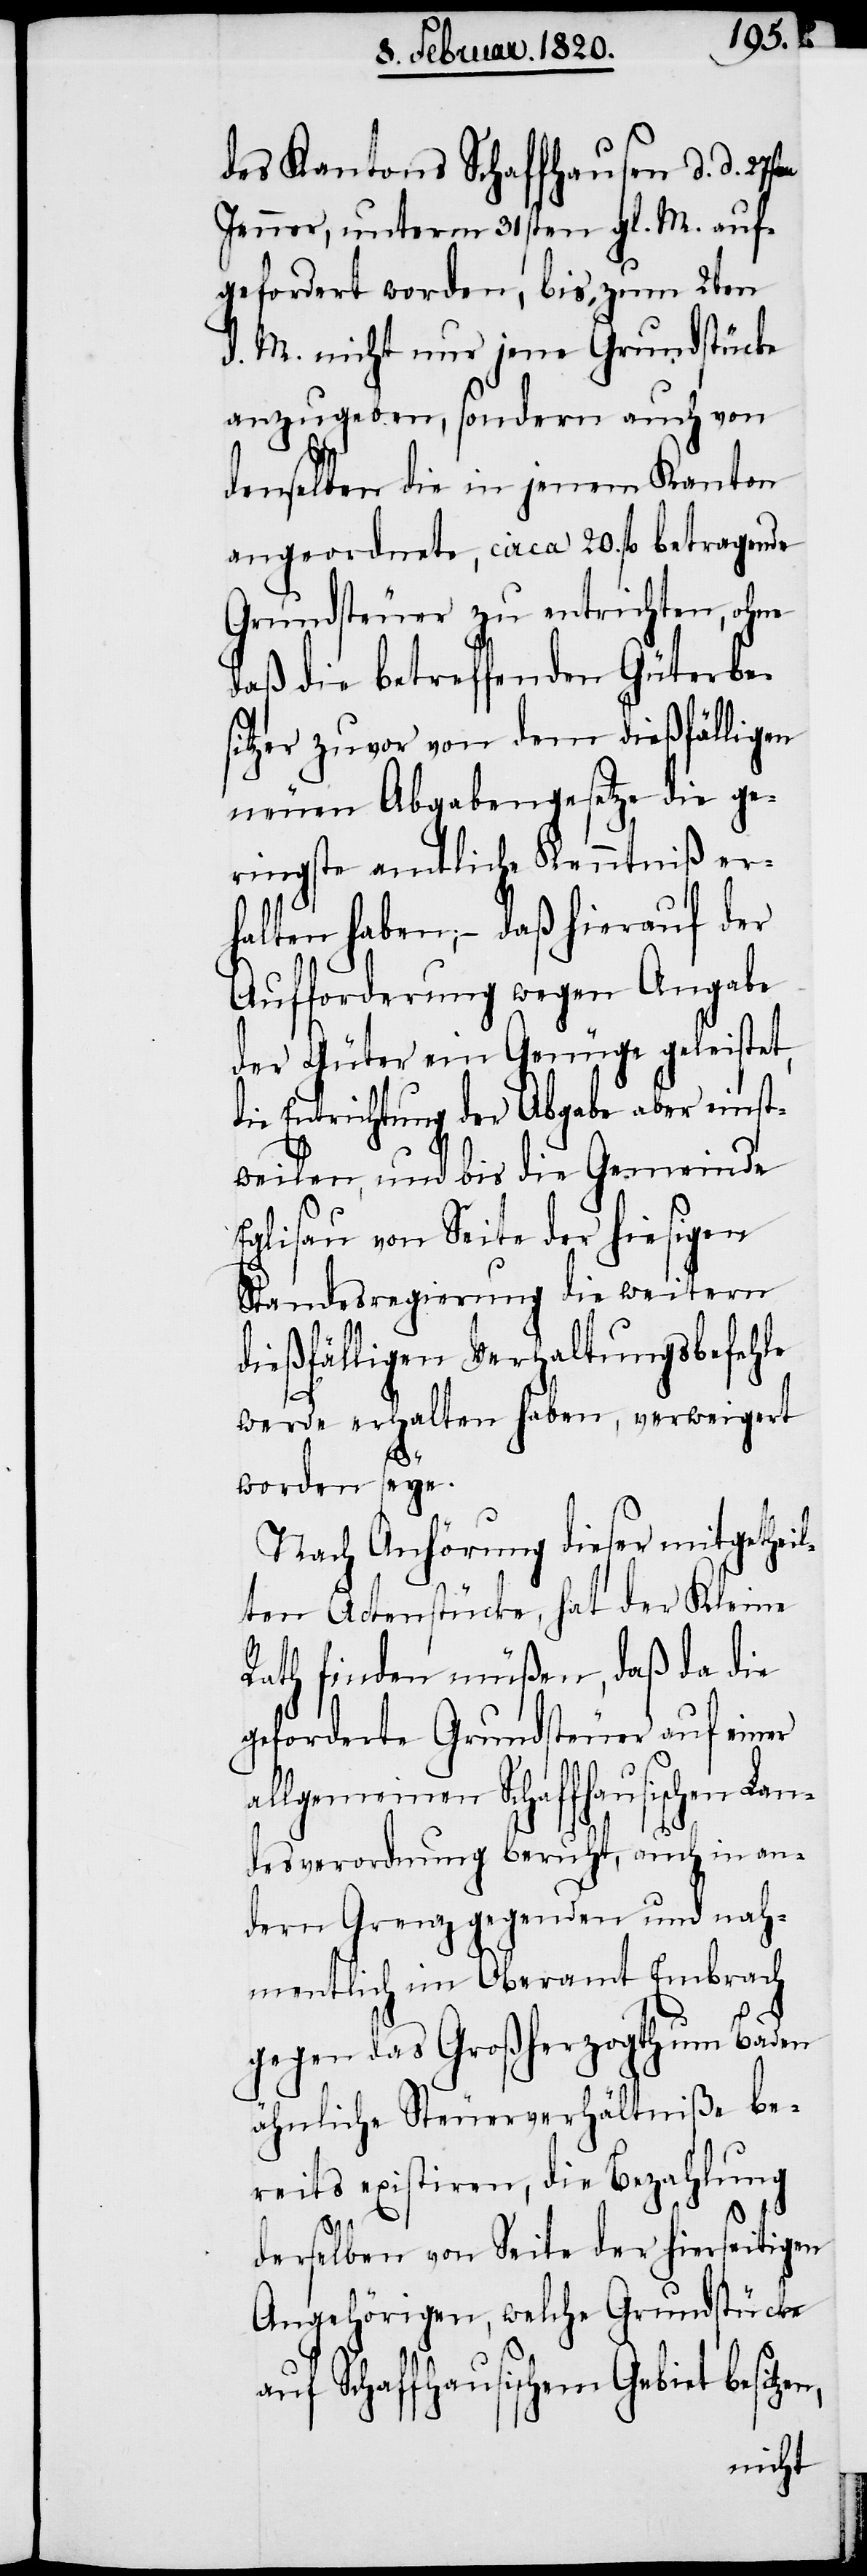
des Kantons Schaffhausen d. d. 27s¬
Jenner, unterm 31sten gl. M. auf¬
gefordert worden, bis zum 2ten
d. M. nicht nur jene Grundstücke
anzugeben, sondern auch von
denselben die in jenem Kanton
angeordnete, circa 20. fl betragende
Grundsteuer zu entrichten, ohne
daß die betreffenden Güterbe¬
sitzer zuvor von dem dießfälligen
neuen Abgabengesetze die ge¬
ringste amtliche Kenntniß er¬
halten haben; − daß hierauf der
Aufforderung wegen Angabe
der Güter ein Genüge geleistet,
die Entrichtung der Abgabe aber einst¬
weilen, und bis die Gemeinde
Eglisau von Seite der hiesigen
Standesregierung die weitern
dießfälligen Verhaltungsbefehle
werde erhalten haben, verweigert
ten
worden seye.
Nach Anhörung dieser mitgetheil¬
ten Actenstücke, hat der Kleine
Rath finden müßen, daß da die
geforderte Grundsteuer auf einer
allgemeinen Schaffhausischen Lan¬
desverordnung beruht, auch in an¬
dern Grenzgegenden und nah¬
mentlich im Oberamt Embrach
gegen das Großherzogthum Baden
ähnliche Steuerverhältniße be¬
reits existiren, die Bezahlung
derselben von Seite der hierseitigen
Angehörigen, welche Grundstücke
auf Schaffhausischem Gebiet besitze¬

n,